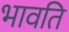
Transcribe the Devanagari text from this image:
भावति